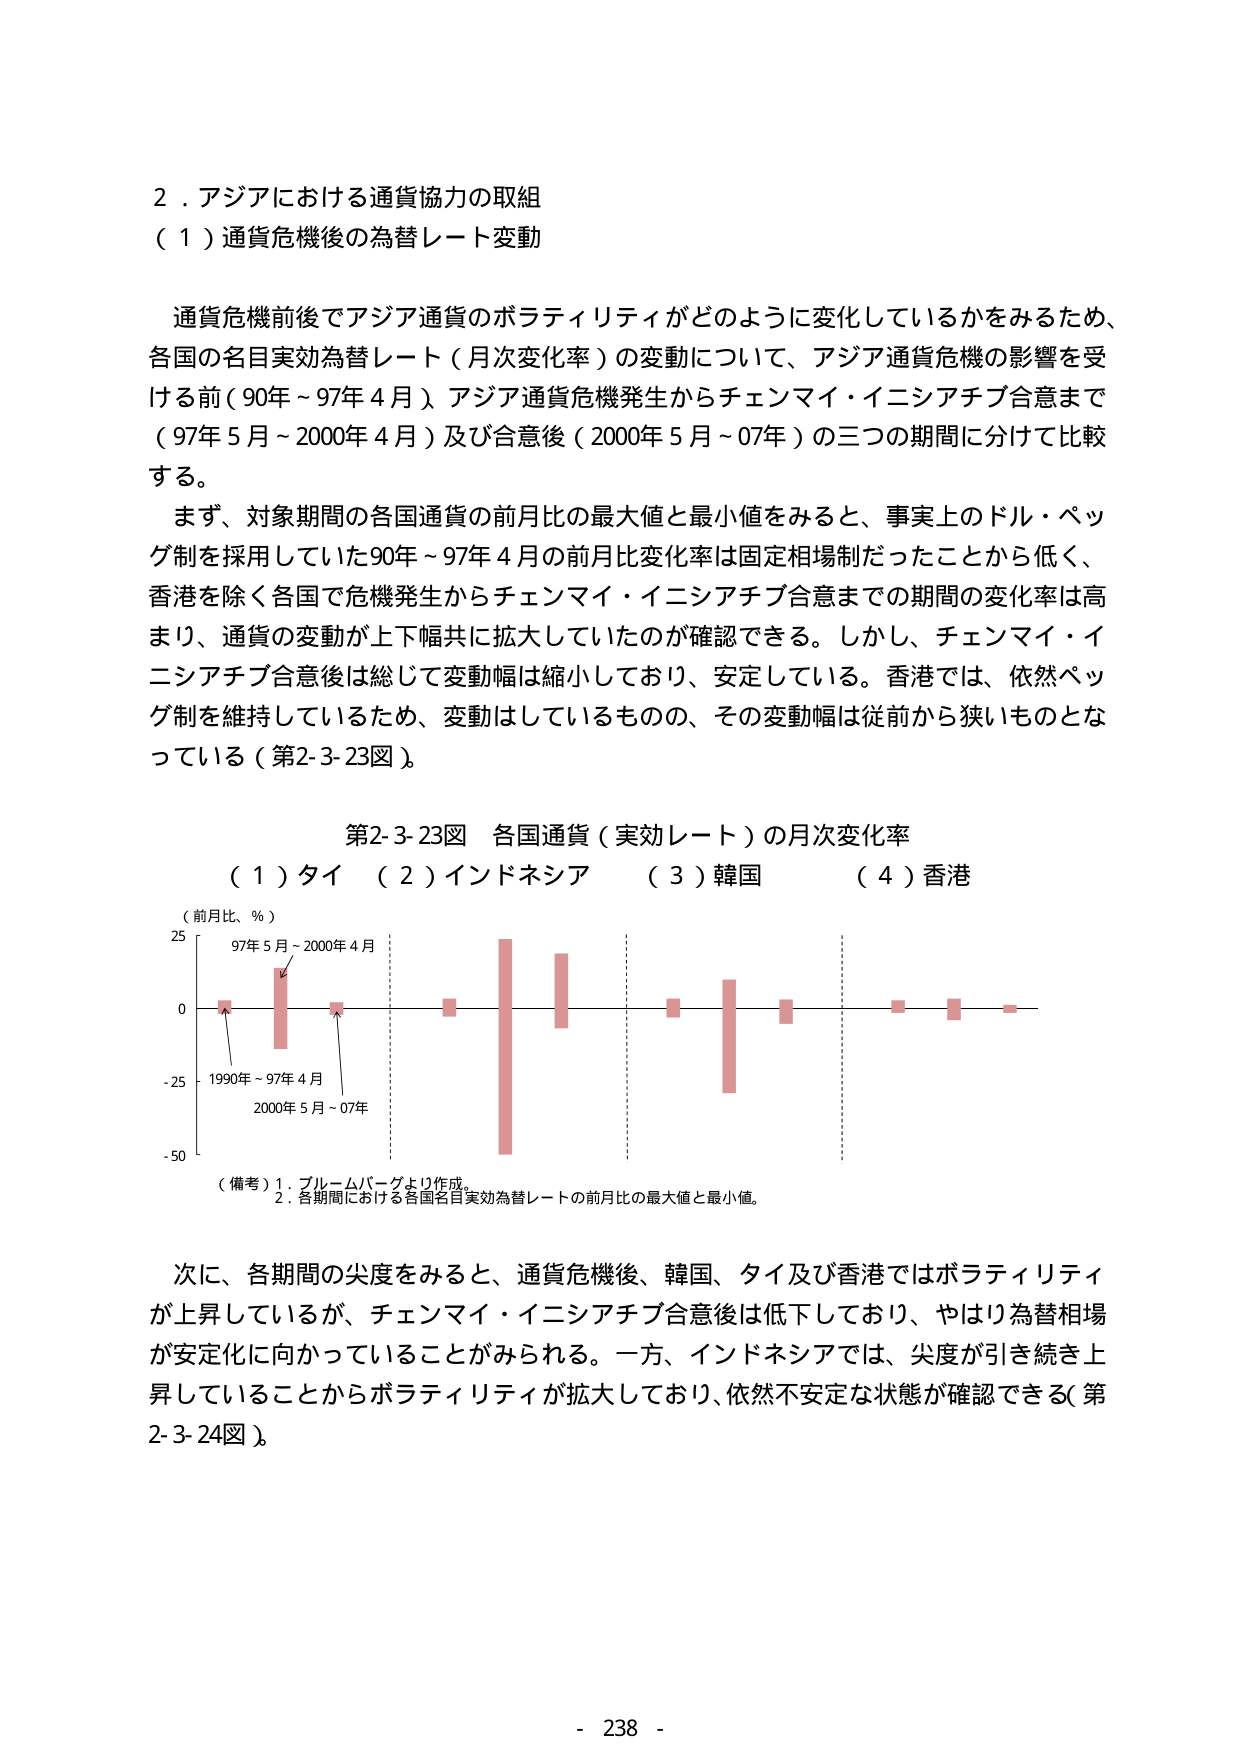
２．アジアにおける通貨協力の取組
（１）通貨危機後の為替レート変動

通貨危機前後でアジア通貨のボラティリティがどのように変化しているかをみるため、
各国の名目実効為替レート（月次変化率）の変動について、アジア通貨危機の影響を受ける前（90年～97年４月）、アジア通貨危機発生からチェンマイ・イニシアチブ合意まで（97年５月～2000年４月）及び合意後（2000年５月～07年）の三つの期間に分けて比較する。

まず、対象期間の各国通貨の前月比の最大値と最小値をみると、事実上のドル・ペッグ制を採用していた90年～97年４月の前月比変化率は固定相場制だったことから低く、香港を除く各国で危機発生からチェンマイ・イニシアチブ合意までの期間の変化率は高まり、通貨の変動が上下幅共に拡大していたのが確認できる。しかし、チェンマイ・イニシアチブ合意後は総じて変動幅は縮小しており、安定している。香港では、依然ペッグ制を維持しているため、変動はしているものの、その変動幅は従前から狭いものとなっている（第2-3-23図）。

第2-3-23図 各国通貨（実効レート）の月次変化率
（１）タイ （２）インドネシア （３）韓国 （４）香港

（前月比、％）
25
97年５月～2000年４月
0
-25
1990年～97年４月
2000年５月～07年
-50

（備考）1．ブルームバーグより作成。
　　　2．各期間における各国名目実効為替レートの前月比の最大値と最小値。

次に、各期間の尖度をみると、通貨危機後、韓国、タイ及び香港ではボラティリティが上昇しているが、チェンマイ・イニシアチブ合意後は低下しており、やはり為替相場が安定化に向かっていることがみられる。一方、インドネシアでは、尖度が引き続き上昇していることからボラティリティが拡大しており、依然不安定な状態が確認できる（第2-3-24図）。

- 238 -